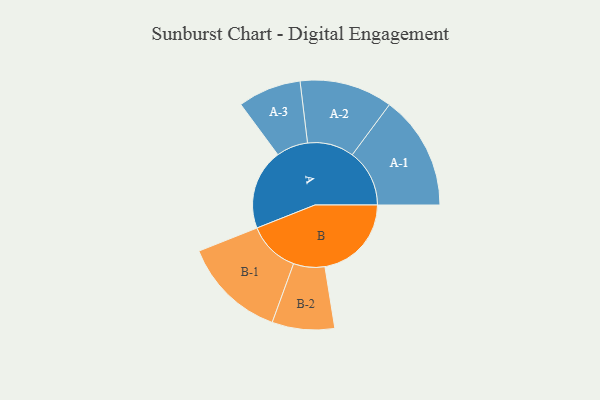
{"axis": {"x": "Segment", "y": "Value"}, "legend": ["", "A", "B"], "data": [{"x": "A", "y": 384, "type": ""}, {"x": "B", "y": 413, "type": ""}, {"x": "A-1", "y": 273, "type": "A"}, {"x": "A-2", "y": 222, "type": "A"}, {"x": "A-3", "y": 151, "type": "A"}, {"x": "B-1", "y": 247, "type": "B"}, {"x": "B-2", "y": 149, "type": "B"}]}